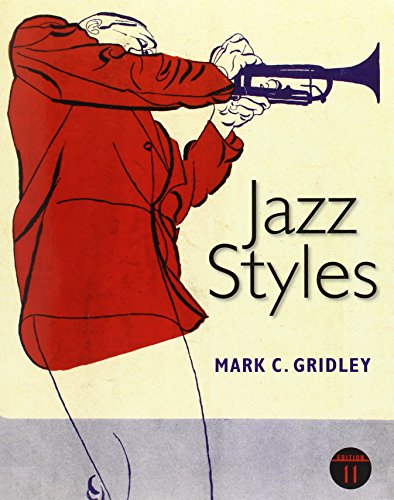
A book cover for Jazz Styles (11th Edition); Mark C. Gridley; Arts & Photography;